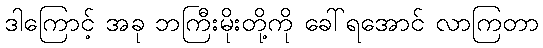
ဒါကြောင့် အခု ဘကြီးမိုးတို့ကို ခေါ်ရအောင် လာကြတာ